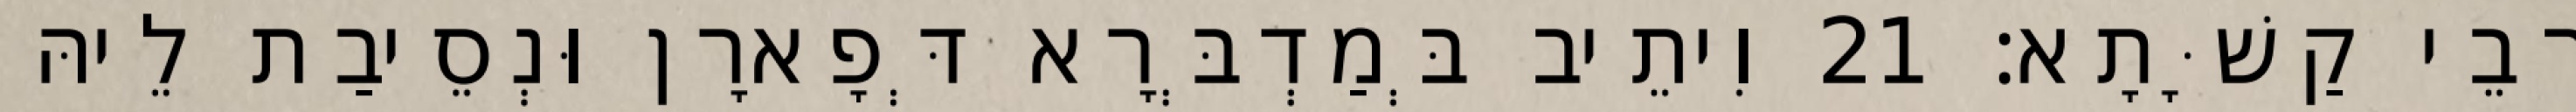
רָבֵי קַשָּׁתָא׃ 21 וִיתֵיב בְּמַדְבְּרָא דְּפָארָן וּנְסֵיבַת לֵיהּ